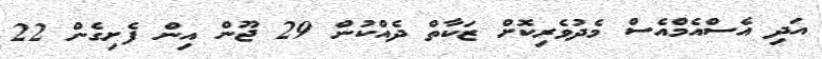
އަދި އެސްއެމްއެސް މެދުވެރިކޮށް ޒަކާތް ދެއްކުން 29 ޖޫން އިން ފެށިގެން 22